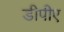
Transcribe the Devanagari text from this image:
डीपीए